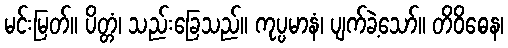
မင်းမြတ်။ ပိတ္တံ၊ သည်းခြေသည်။ ကုပ္ပမာနံ၊ ပျက်ခဲ့သော်။ တိဝိဓေန၊